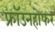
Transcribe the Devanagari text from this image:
फ्रॉउनहोफर